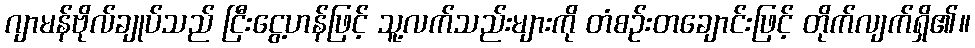
ဂျာမန်ဗိုလ်ချုပ်သည် ငြီးငွေ့ဟန်ဖြင့် သူ့လက်သည်းများကို တံစဉ်းတချောင်းဖြင့် တိုက်လျက်ရှိ၏။